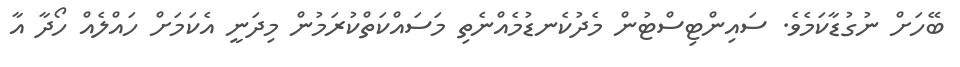
ބޭހަށް ނުގުޑާކަމެވެ. ސައިންޓިސްޓުން މެދުކެނޑުމެއްނެތި މަސައްކަތްކުރަމުން މިދަނީ އެކަމަށް ހައްލެއް ހޯދާ އާ